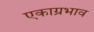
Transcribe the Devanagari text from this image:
एकाग्रभाव